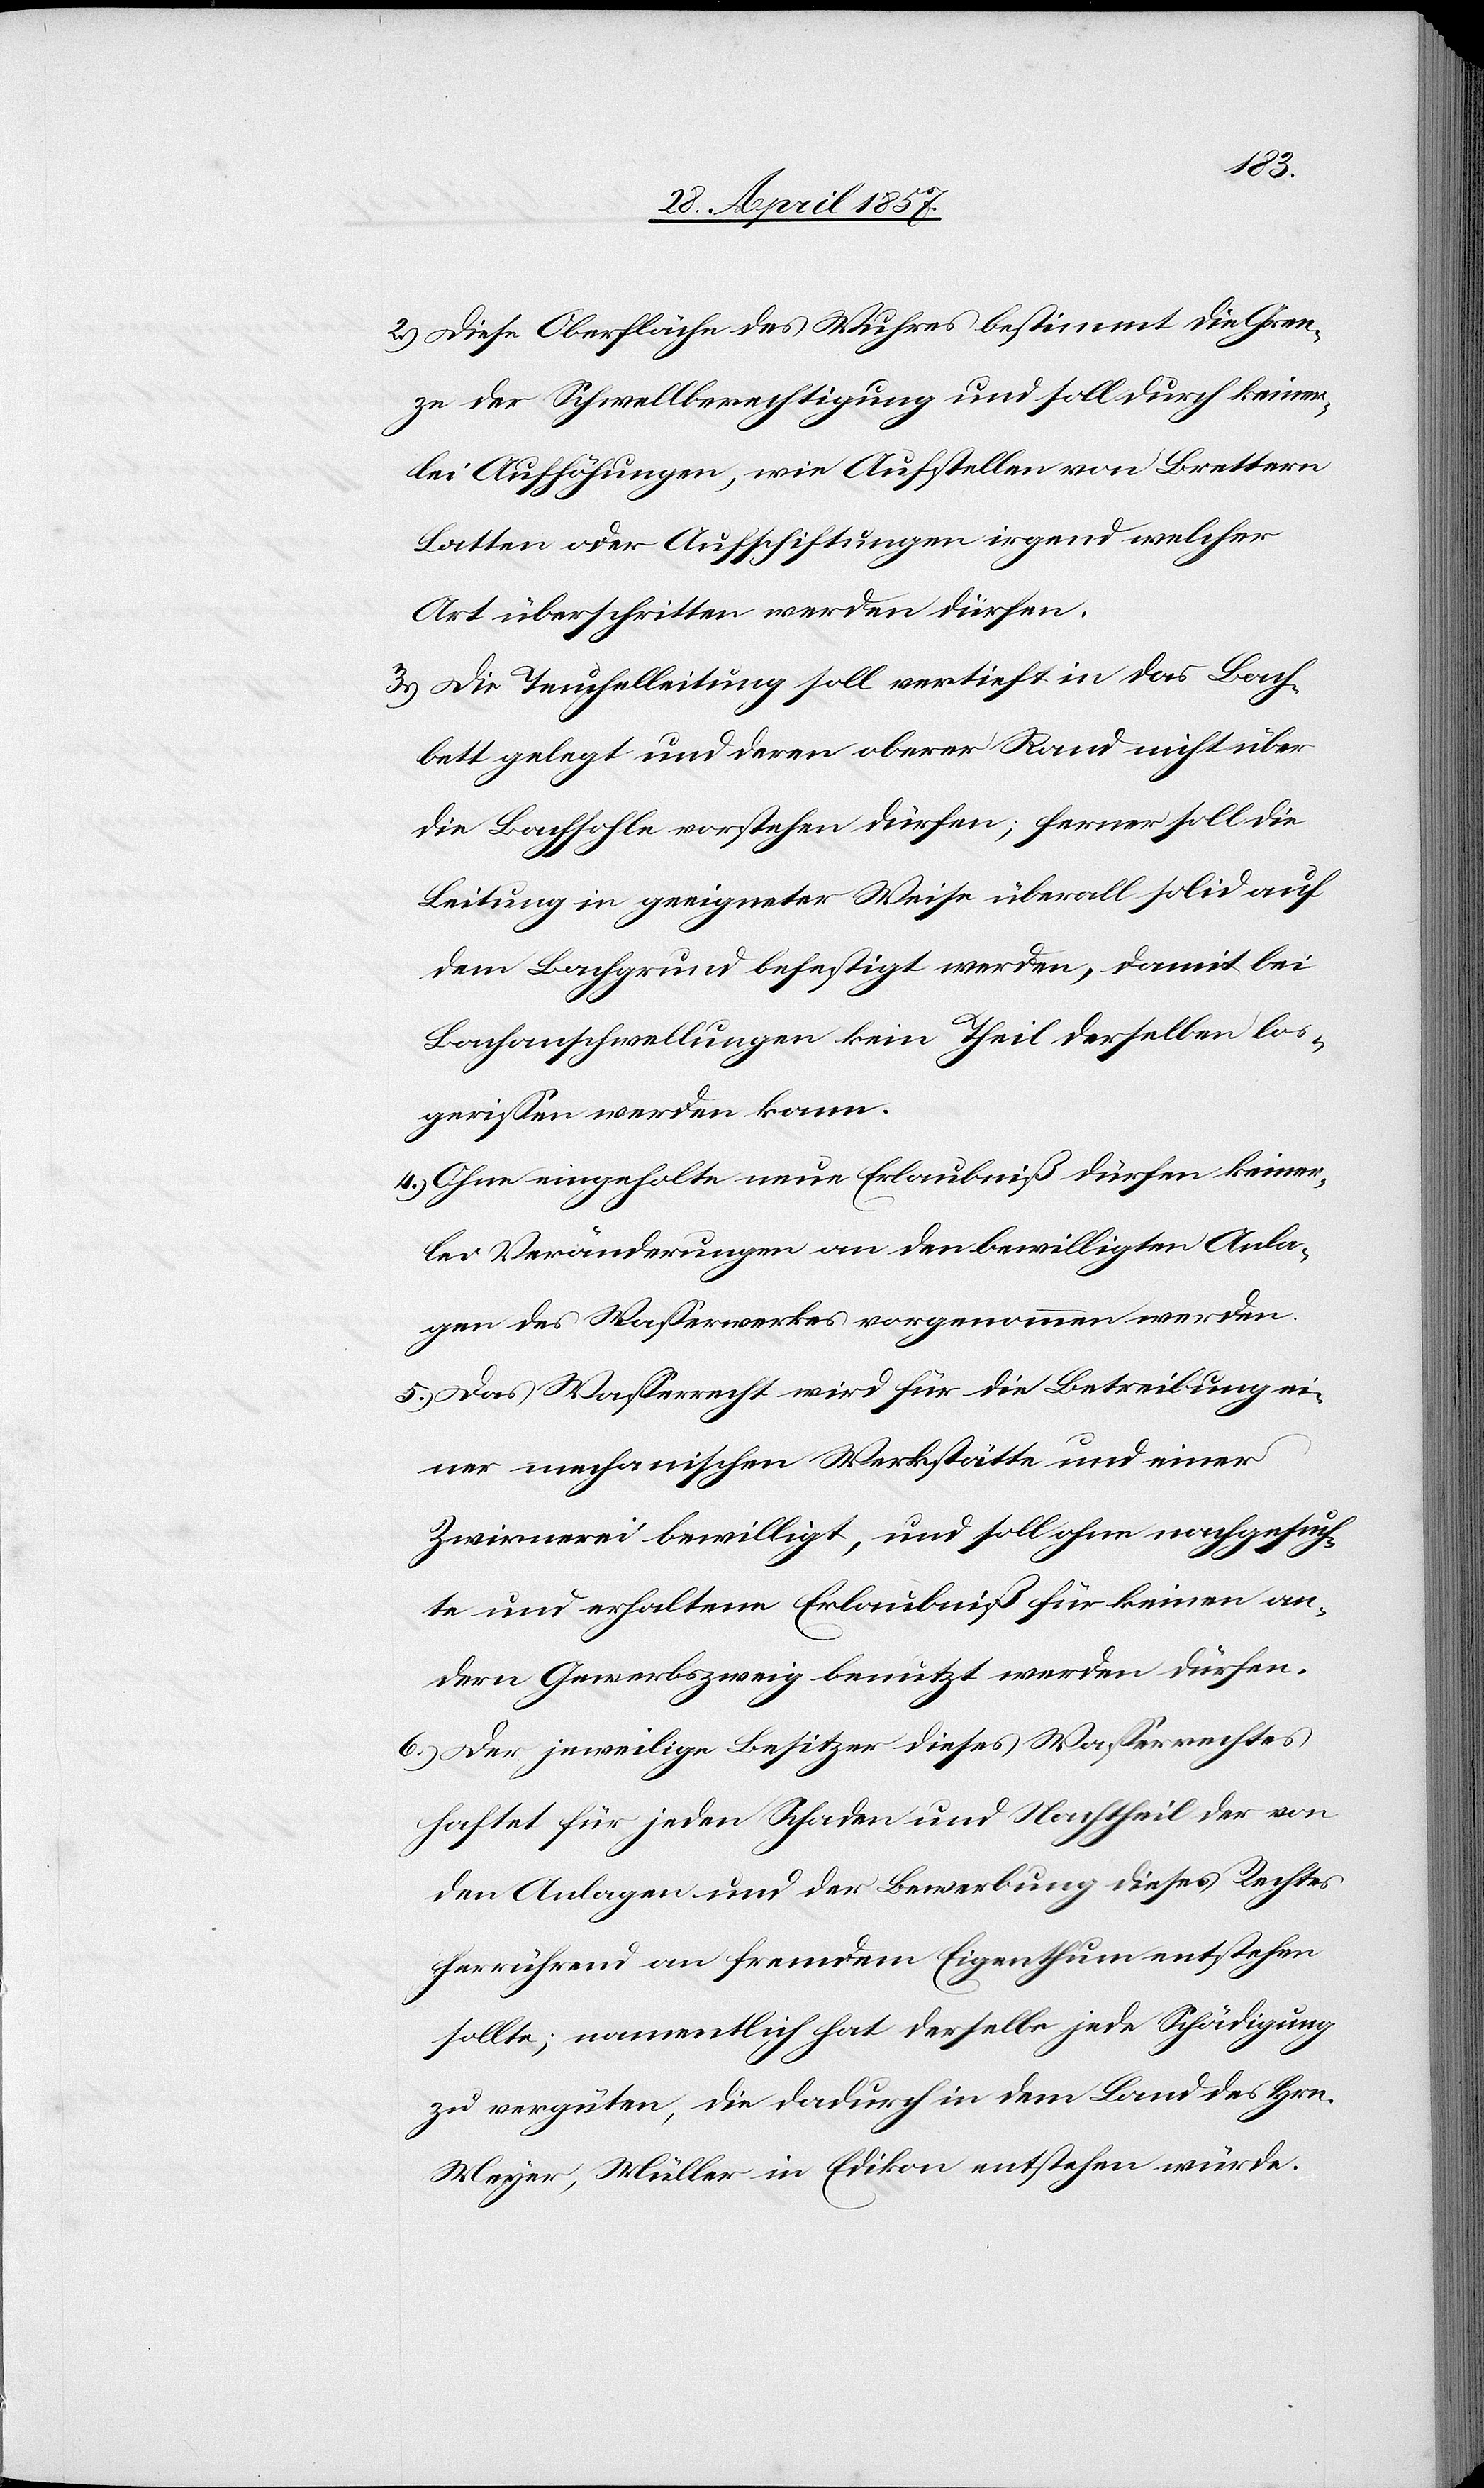
2.) Diese Oberfläche des Wuhres bestimmt die Gren¬
ze der Schwellenberechtigung und soll durch keiner¬
lei Aufhöhungen, wie Aufstellen von Brettern
Latten oder Aufschiftungen [sic!] irgend welcher
Art überschritten werden dürfen.
3.) Die Teuchelleitung soll vertieft in das Bach¬
bett gelegt und deren oberer Rand nicht über
die Bachsohle vorstehen dürfen; ferner soll die
Leitung in geeigneter Weise überall solid auf
dem Bachgrund befestigt werden, damit bei
Bachanschwellungen kein Theil derselben los¬
gerissen werden kann.
4.) Ohne eingeholte neue Erlaubniß dürfen keiner¬
lei Veränderungen an den bewilligten Anla¬
gen des Waßerwerkes vorgenommen werden.
5.) Das Waßerrecht wird für die Betreibung ei¬
ner mechanischen Werkstätte und einer
Zwirnerei bewilligt, und soll ohne nachgesuch¬
te und erhaltene Erlaubniß für keinen an¬
dern Gewerbszweig benützt werden dürfen.
6.) Der jeweilige Besitzer dieses Waßerrechtes
haftet für jeden Schaden und Nachtheil der von
den Anlagen und der Bewerbung dieses Rechtes
herrührend an fremdem Eigenthum entstehen
sollte; namentlich hat derselbe jede Schädigung
zu vergüten, die dadurch in dem Land des Hrn.
Meyer, Müller in Edikon entstehen würde.